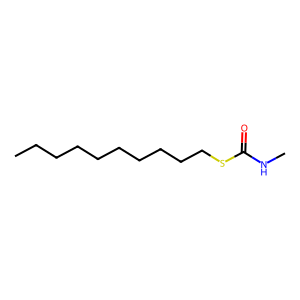
SMILES: CCCCCCCCCCSC(=O)NC
Inhibits HIV replication: No